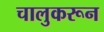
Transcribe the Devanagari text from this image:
चालुकरून